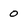
Character: 0